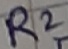
Text: R2